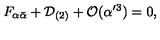
F _ { \alpha \bar { \alpha } } + { \cal D } _ { ( 2 ) } + { \cal O } ( \alpha ^ { \prime } { } ^ { 3 } ) = 0 ,